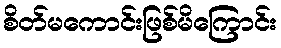
စိတ်မကောင်းဖြစ်မိကြောင်း